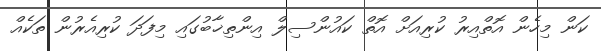
ކަން މިހެން އޮތްއިރު ކުރިއަށް އޮތް ކައުންސިލް އިންތިޚާބުގައި މިފަދަ ކުރިއެރުން ތަކެއް